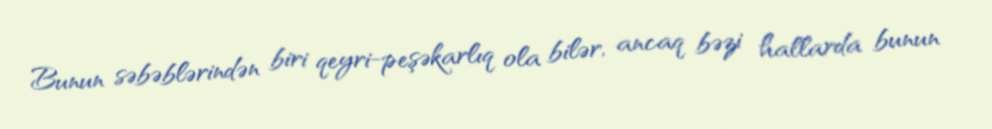
Bunun səbəblərindən biri qeyri-peşəkarlıq ola bilər, ancaq bəzi hallarda bunun